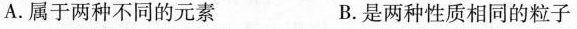
A.属于两种不同的元素 B是两种性质相同的粒子